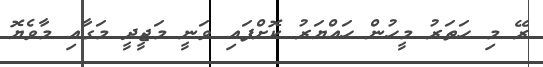
ރޭ މި ހަތަރު މީހުން ހައްޔަރު ކޮށްފައި ވަނީ މަޖީދީ މަގާއި މާވެޔޮ